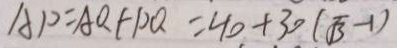
A P = A Q + P Q = 4 0 + 3 0 ( \sqrt { 3 } - 1 )